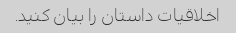
اخلاقیات داستان را بیان کنید.